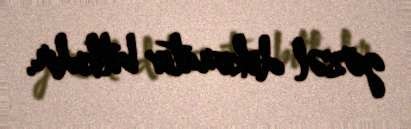
gözəl dekorativ bitkidir.